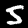
Digit: 5